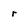
Character: r